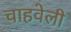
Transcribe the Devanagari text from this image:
चाहवेली